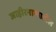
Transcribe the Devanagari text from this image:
जाहीरनाम्यातील